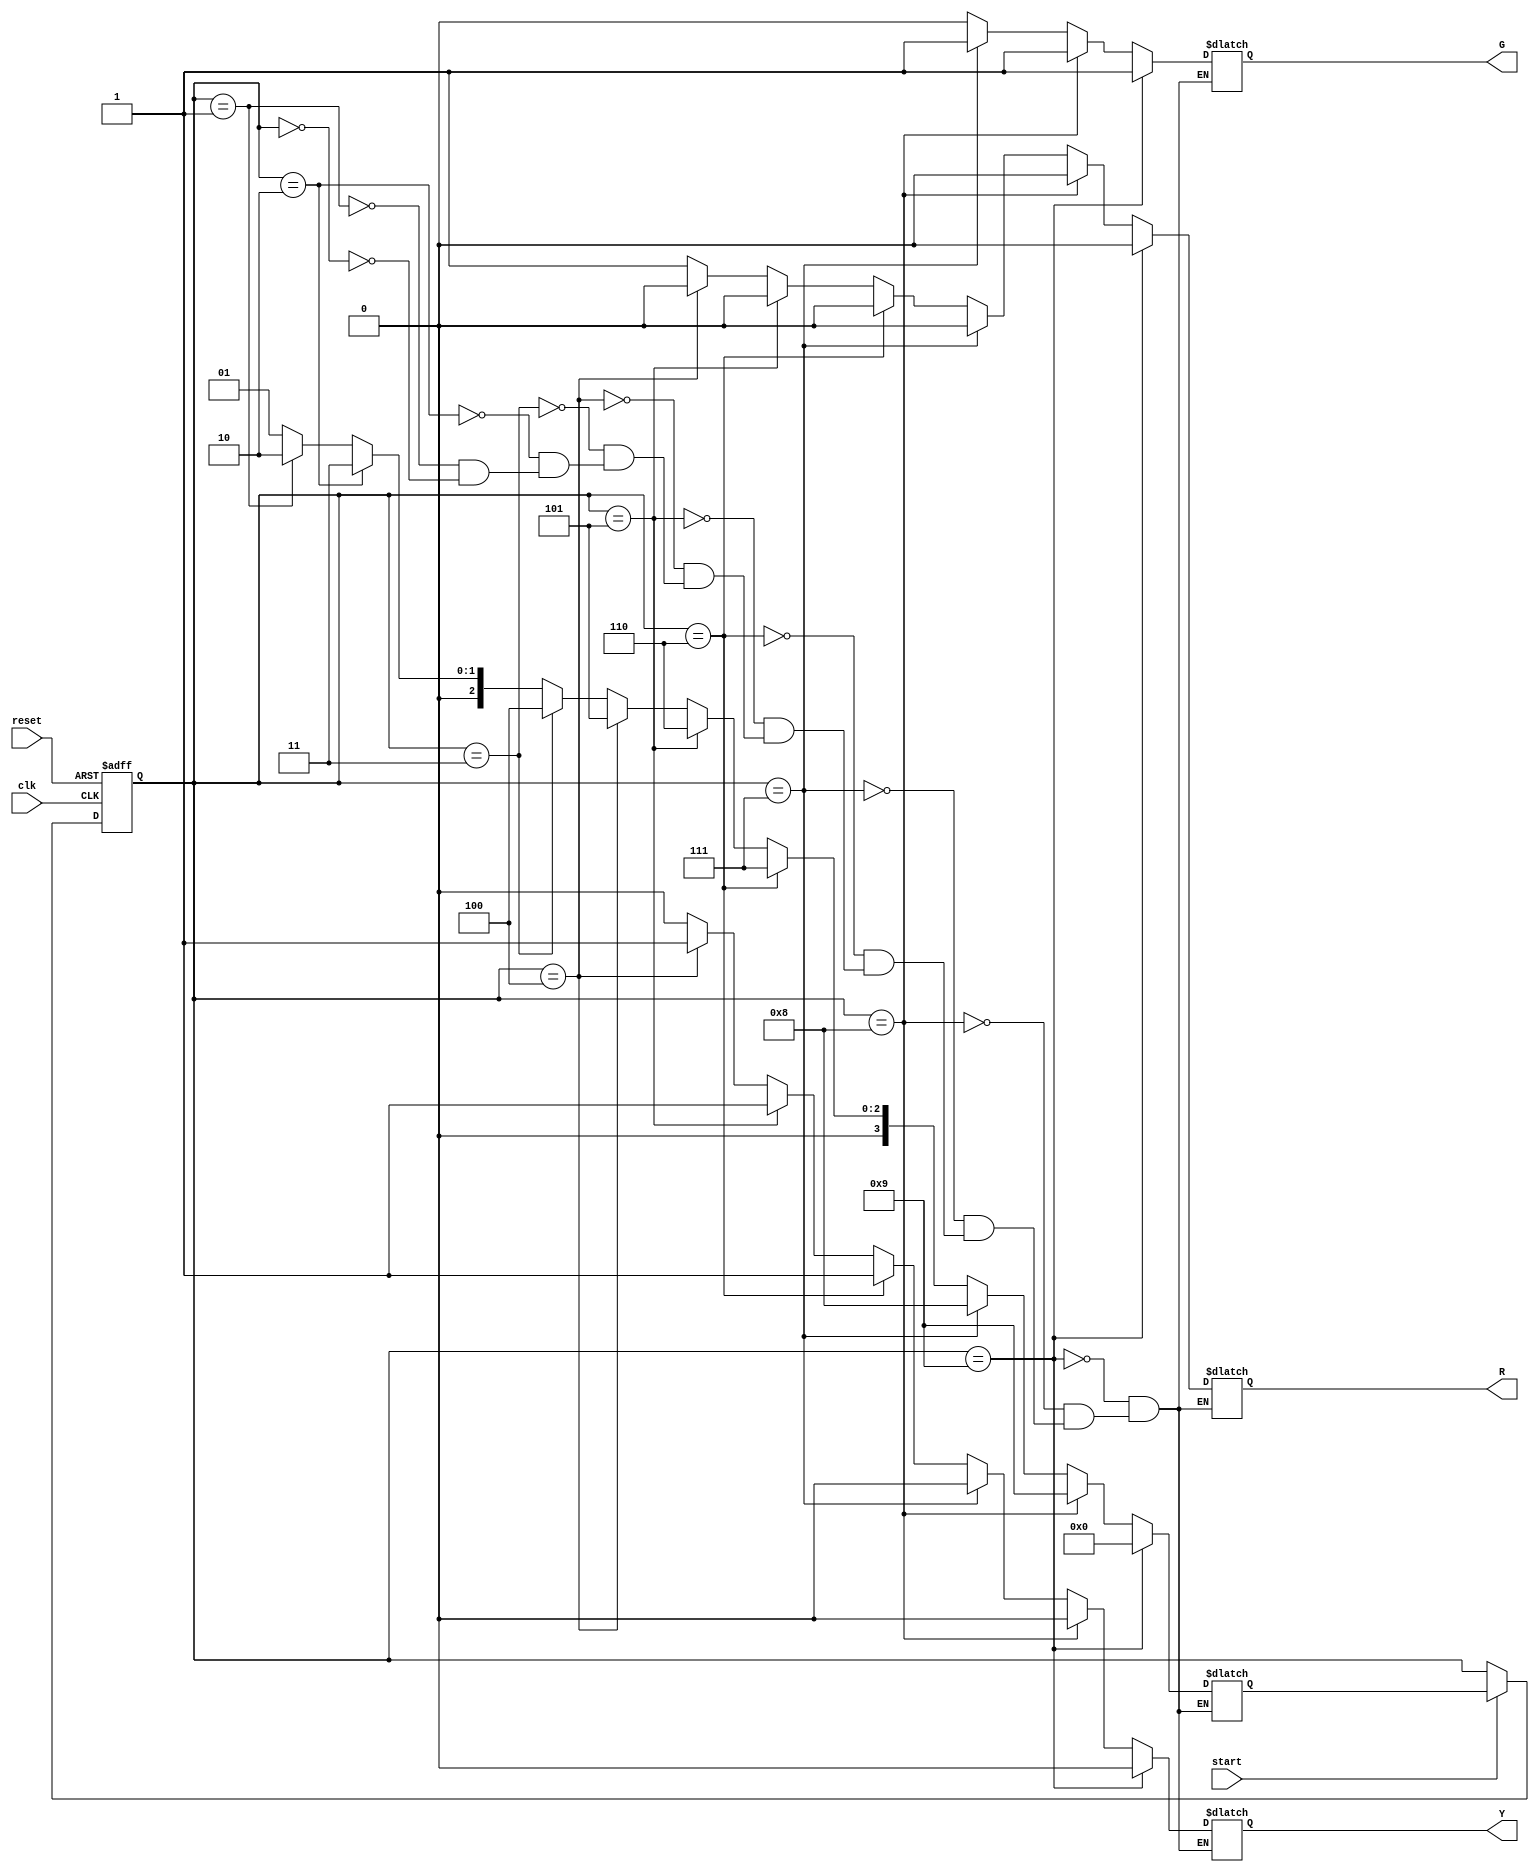
module Madison_Galloway_Project5(R,Y,G,clk,reset,start);
	input clk,reset,start;
	output R,Y,G;
	reg R,Y,G;
	reg [3:0] pres_state, next_state;	
	parameter st0 = 4'b0000, st1 = 4'b0001, st2 = 4'b0010, st3 = 4'b0011, st4 =4'b0100, st5 = 4'b0101, st6 = 4'b0110,st7 = 4'b0111, st8 = 4'b1000, st9 = 4'b1001;
	//FSM register
	always @(posedge clk or posedge reset)
	//statereg
	begin: statereg
		if(reset)
			begin
			pres_state <= st0;
			end
		else if(start == 1)
			begin
			pres_state <= next_state;
			end
	end//statereg

	//FSM next state logic
	always @(pres_state)
	begin: fsm
	//st0:red
	if (pres_state == st0)
		begin
		next_state <= st1;
		end
	//st1 : red
	if (pres_state == st1)
		begin
		next_state <= st2;
		end
	//st2: red
	if (pres_state == st2)
		begin
		next_state <= st3;
		end
	//st3: red
	if (pres_state == st3)
		begin
		next_state <= st4;
		end
	//st4: yellow
	if (pres_state == st4)
		begin
		next_state <= st5;
		end
	//st5: yellow
	if (pres_state == st5)
		begin
		next_state <= st6;
		end
	//st6: yellow
	if (pres_state == st6)
		begin
		next_state <= st7;
		end
	//st7: green
	if (pres_state == st7)
		begin
		next_state <= st8;
		end
	//st8: green
	if (pres_state == st8)
		begin
		next_state <= st9;
		end
	//st9: green
	if (pres_state == st9)
		begin
		next_state <= st0;
		end
	end
	
	//Moore output definition using Pres_state only
	always @(pres_state)
	//outputs
	begin: outputs
	if (pres_state == st0)
		begin
			R <= 1'b1;
			Y <= 1'b0;
			G <= 1'b0;
		end
	if (pres_state == st1)
		begin
			R <= 1'b1;
			Y <= 1'b0;
			G <= 1'b0;
		end
	if (pres_state == st2)
		begin
			R <= 1'b1;
			Y <= 1'b0;
			G <= 1'b0;
		end
	if (pres_state == st3)
		begin
			R <= 1'b1;
			Y <= 1'b0;
			G <= 1'b0;
		end
	if (pres_state == st4)
		begin
			R <= 1'b0;
			Y <= 1'b1;
			G <= 1'b0;
		end
	if (pres_state == st5)
		begin
			R <= 1'b0;
			Y <= 1'b1;
			G <= 1'b0;
		end
	if (pres_state == st6)
		begin
			R <= 1'b0;
			Y <= 1'b1;
			G <= 1'b0;
		end
	if (pres_state == st7)
		begin
			R <= 1'b0;
			Y <= 1'b0;
			G <= 1'b1;
		end
	if (pres_state == st8)
		begin
			R <= 1'b0;
			Y <= 1'b0;
			G <= 1'b1;
		end
	if (pres_state == st9)
		begin
			R <= 1'b0;
			Y <= 1'b0;
			G <= 1'b1;
		end
	end
endmodule